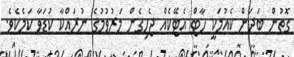
ގޮތުން ބަދަން ކެއުމަކީ ހާޓް އެޓޭކެއް ޖެހިގެން މަރުވުމުގެ ނުރައްކާ ކުޑަވާ ކަމެކެވެ.